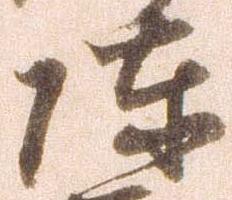
陣